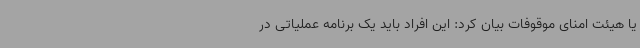
یا هیئت امنای موقوفات بیان کرد: این افراد باید یک برنامه عملیاتی در